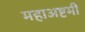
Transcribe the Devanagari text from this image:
महाअष्टमी